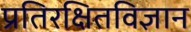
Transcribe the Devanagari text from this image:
प्रतिरक्षितविज्ञान